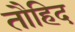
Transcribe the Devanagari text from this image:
तौहिद